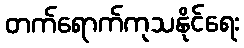
တက်ရောက်ကုသနိုင်ရေး